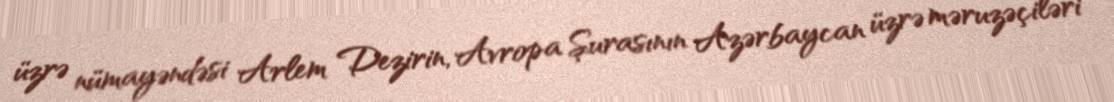
üzrə nümayəndəsi Arlem Dezirin, Avropa Şurasının Azərbaycan üzrə məruzəçiləri